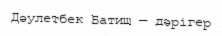
Дәулетбек Батиш — дәрігер